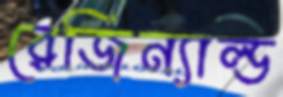
রেজিন্যাল্ড